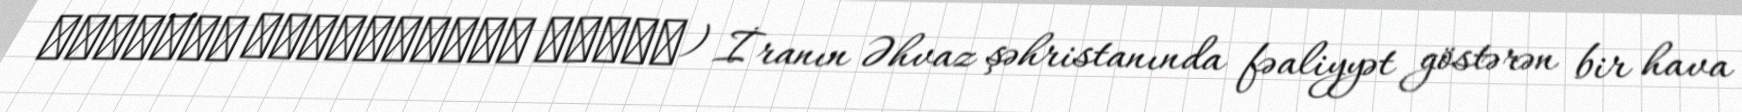
فرودگاه بین‌المللی اهواز) İranın Əhvaz şəhristanında fəaliyyət göstərən bir hava